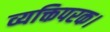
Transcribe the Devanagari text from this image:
व्यक्तिपरक।